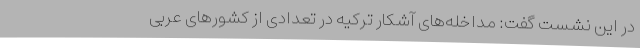
در این نشست گفت: مداخله‌های آشکار ترکیه در تعدادی از کشورهای عربی